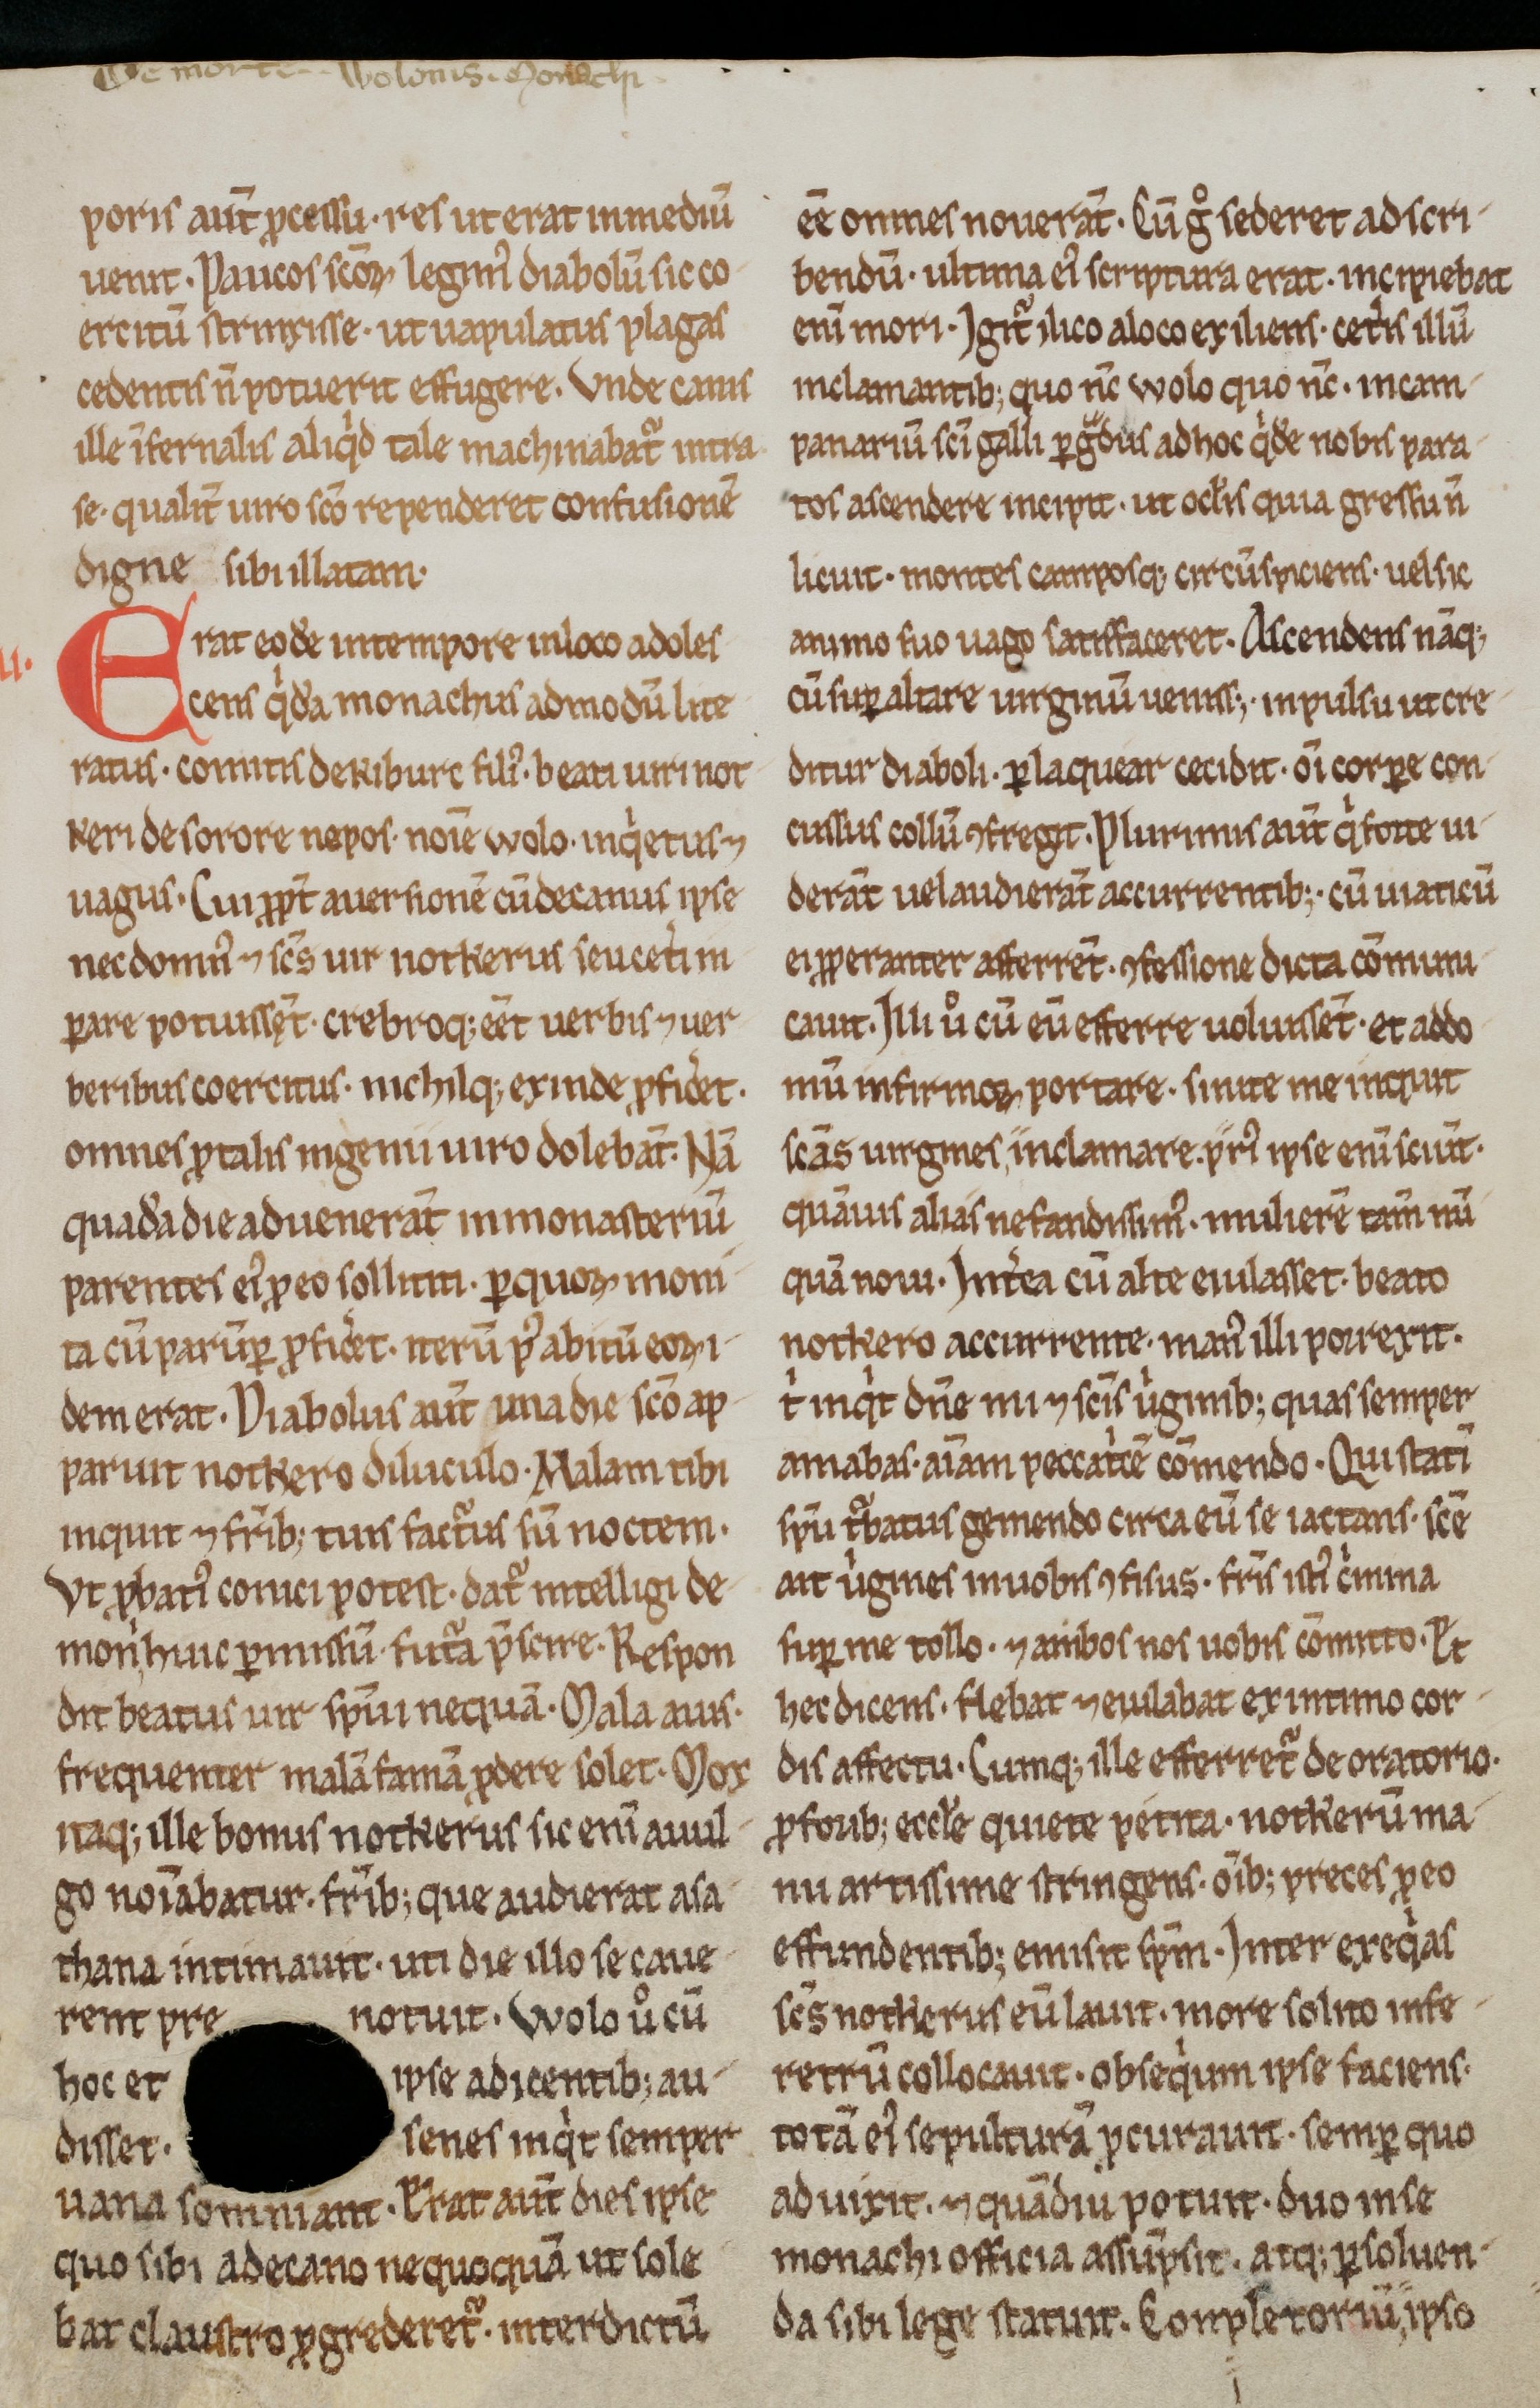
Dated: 800–999